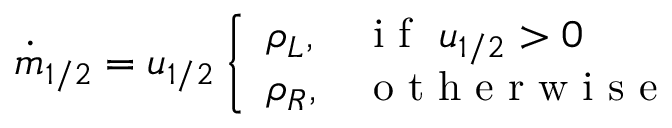
\dot { m } _ { 1 / 2 } = u _ { 1 / 2 } \left\{ \begin{array} { l l } { \rho _ { L } , } & { \mathrm { ~ i ~ f ~ } \ u _ { 1 / 2 } > 0 } \\ { \rho _ { R } , } & { \mathrm { ~ o ~ t ~ h ~ e ~ r ~ w ~ i ~ s ~ e ~ } } \end{array} \right.